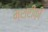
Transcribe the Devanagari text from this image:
मशरीक़ी